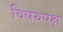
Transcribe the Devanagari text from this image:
विषयपक्ष